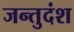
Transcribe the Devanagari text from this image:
जन्तुदंश